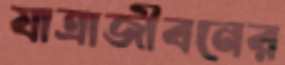
যাত্রাজীবনের